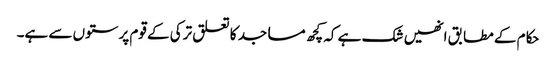
حکام کے مطابق انھیں شک ہے کہ کچھ مساجد کا تعلق ترکی کے قوم پرستوں سے ہے۔